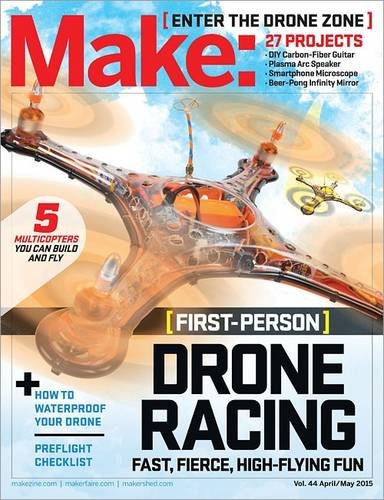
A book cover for Make: Volume 44: Fun With Drones! (Make: Technology on Your Time); Sports & Outdoors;